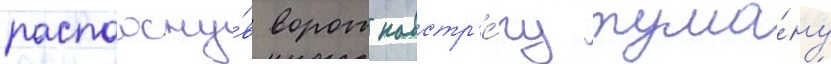
распахну́в ворот навстр'е́чу тума́ну